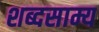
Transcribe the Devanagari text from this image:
शब्दसाम्य